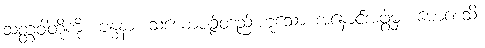
သတ္တဝါတို့ကို။ ဗန္ဓနာ၊ သံယောဇဉ်တည်းဟူသော အနှောင်အဖွဲ့မှ။ မောစေသိ၊